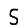
Digit: 5